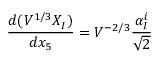
\frac { d ( { \cal V } ^ { 1 / 3 } X _ { I } ) } { d x _ { 5 } } = { \cal V } ^ { - 2 / 3 } \frac { \alpha _ { I } ^ { i } } { \sqrt 2 }